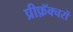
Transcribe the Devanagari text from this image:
प्रीफ़ॅक्चरों